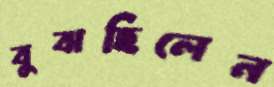
বুঝছিলেন